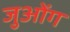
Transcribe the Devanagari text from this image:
जुओंग